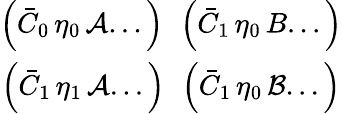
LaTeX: \begin{array}{cc}{{\left(\bar{C}_{0}\, \eta_{0}\, {\cal A}...\right)\; \, \left(\bar{C}_{1}\, \eta_{0}\, B...\right)}}\\ {{\left(\bar{C}_{1}\, \eta_{1}\, {\cal A}...\right)\; \, \left(\bar{C}_{1}\, \eta_{0}\, {\cal B}...\right)}}\end{array}